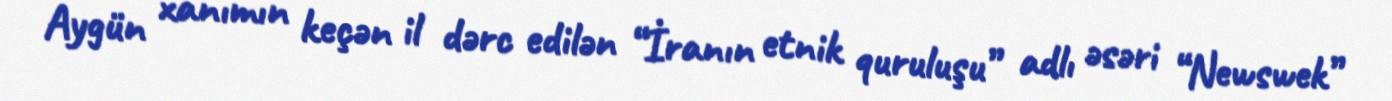
Aygün xanımın keçən il dərc edilən “İranın etnik quruluşu” adlı əsəri “Newswek”